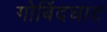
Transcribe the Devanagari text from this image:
गोबिंदघाट